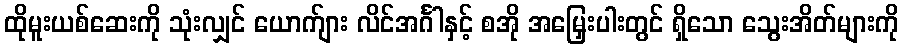
ထိုမူးယစ်ဆေးကို သုံးလျှင် ယောက်ျား လိင်အင်္ဂါနှင့် စအို အမြှေးပါးတွင် ရှိသော သွေးအိတ်များကို